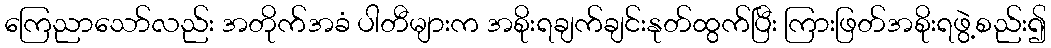
ကြေညာသော်လည်း အတိုက်အခံ ပါတီများက အစိုးရချက်ချင်းနုတ်ထွက်ပြီး ကြားဖြတ်အစိုးရဖွဲ့စည်း၍